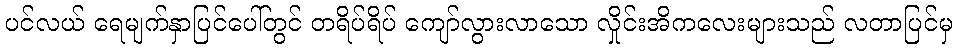
ပင်လယ် ရေမျက်နှာပြင်ပေါ်တွင် တရိပ်ရိပ် ကျော်လွားလာသော လှိုင်းအိကလေးများသည် လတာပြင်မှ